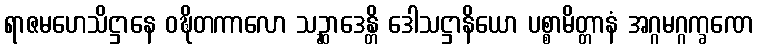
ရာဇမဟေသိဋ္ဌာနေ ဝဍ္ဎိတကာလော သဉ္ဆာဒေန္တိ ဒေါသဋ္ဌာနိယော ပစ္စာမိတ္တာနံ အဂ္ဂမဂ္ဂက္ခဏေ